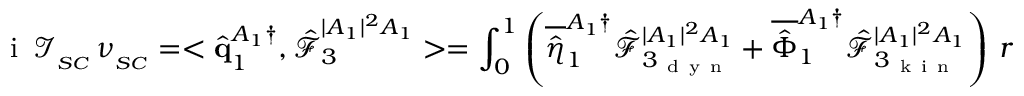
\mathrm { ~ i ~ } \, \mathcal { I } _ { _ { S C } } \, \nu _ { _ { S C } } = < \hat { \mathbf { q } } _ { 1 } ^ { A _ { 1 } \dagger } , \boldsymbol { \hat { \mathcal { F } } } _ { 3 } ^ { | A _ { 1 } | ^ { 2 } A _ { 1 } } > = \int _ { 0 } ^ { 1 } \left( \overline { { \hat { \eta } } } _ { 1 } ^ { A _ { 1 } \dagger } \hat { \mathcal { F } } _ { 3 _ { \mathrm { ~ d ~ y ~ n ~ } } } ^ { | A _ { 1 } | ^ { 2 } A _ { 1 } } + \overline { { \hat { \Phi } } } _ { 1 } ^ { A _ { 1 } \dagger } \hat { \mathcal { F } } _ { 3 _ { \mathrm { ~ k ~ i ~ n ~ } } } ^ { | A _ { 1 } | ^ { 2 } A _ { 1 } } \right) \, r \mathrm { ~ d ~ } r ,